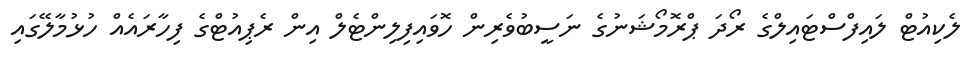
ލެކިއުޓް ލައިފްސްޓައިލްގެ ރޯދަ ޕްރޮމޯޝަނުގެ ނަސީބުވެރިން ހޮވައިފިލިންޓެލް އިން ރެޕިއުޓްގެ ފިހާރައެއް ހުޅުމާލޭގައި